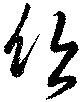
欣